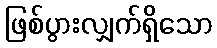
ဖြစ်ပွားလျှက်ရှိသော